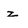
Character: z